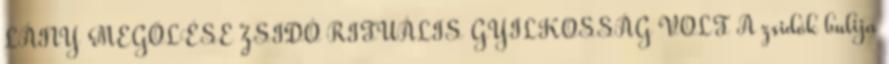
LÁNY MEGÖLÉSE ZSIDÓ RITUÁLIS GYILKOSSÁG VOLT A zsidók bulija